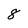
Character: 8